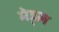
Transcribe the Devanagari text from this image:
मेड्ल